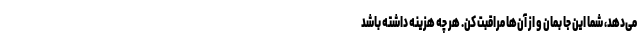
می‌دهد، شما این جا بمان و از آن‌ها مراقبت کن. هر چه هزینه داشته باشد